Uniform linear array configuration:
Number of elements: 48
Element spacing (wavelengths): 0.5
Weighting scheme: blackman
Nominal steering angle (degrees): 60
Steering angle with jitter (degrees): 59.66
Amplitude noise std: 0.05
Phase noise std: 0.05

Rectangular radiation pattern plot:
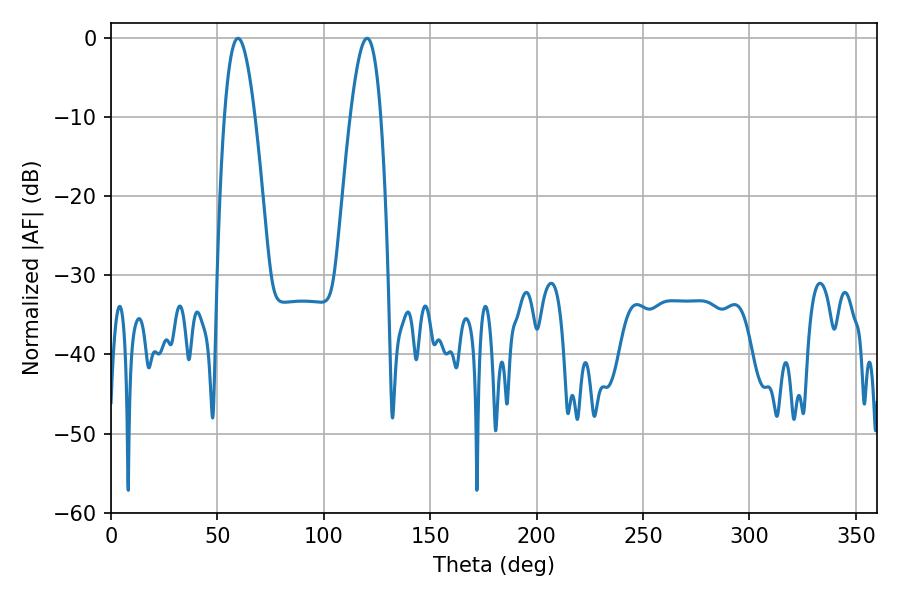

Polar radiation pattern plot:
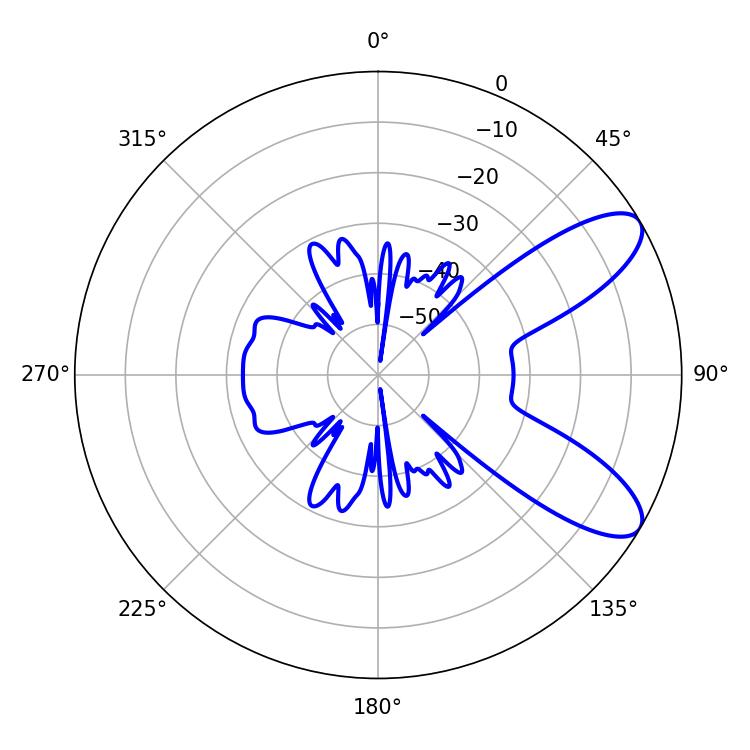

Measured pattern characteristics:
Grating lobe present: FALSE
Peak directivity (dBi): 8.927
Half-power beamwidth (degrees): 7.74
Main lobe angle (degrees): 59.58